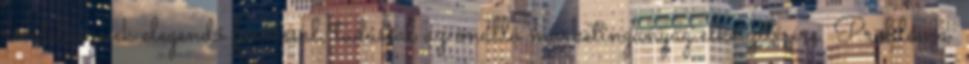
rendelkeznek elegendő forrással, tudással az önálló marketinganyag elkészítésére. Probléma